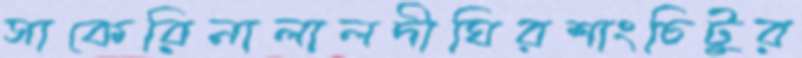
সাকেরিনালালদীঘিরশাংচিটুর